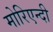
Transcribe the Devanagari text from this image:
मोरिएन्दी